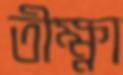
তীক্ষ্ণা